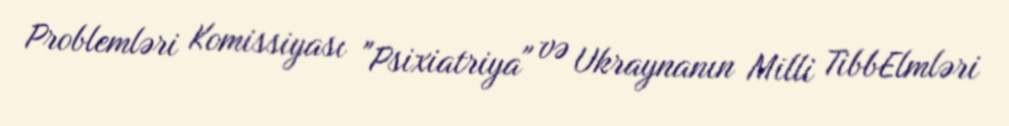
Problemləri Komissiyası "Psixiatriya" və Ukraynanın Milli TibbElmləri